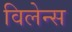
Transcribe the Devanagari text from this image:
विलेन्स